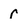
Character: r